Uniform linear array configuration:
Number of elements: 16
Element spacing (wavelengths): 1
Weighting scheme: binomial
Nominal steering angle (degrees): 60
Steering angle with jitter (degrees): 61.057
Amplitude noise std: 0.05
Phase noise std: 0.05

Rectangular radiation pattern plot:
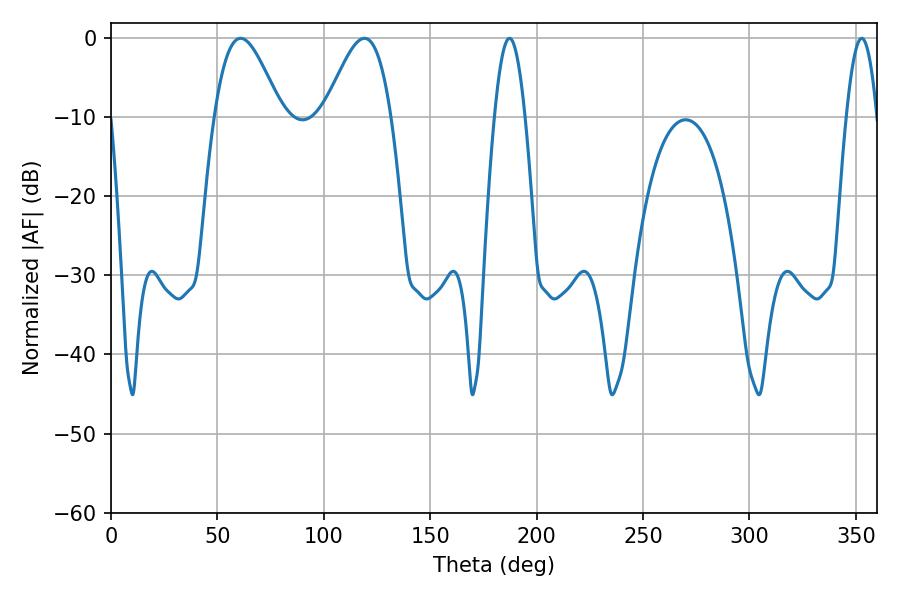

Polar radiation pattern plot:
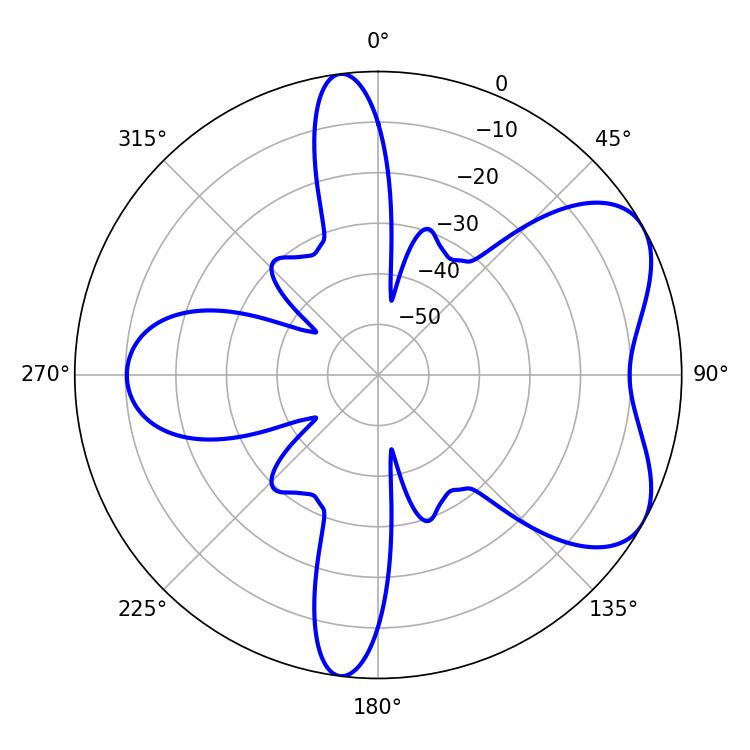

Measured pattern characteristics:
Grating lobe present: TRUE
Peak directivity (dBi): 5.845
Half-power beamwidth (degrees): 16.74
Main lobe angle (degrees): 60.84